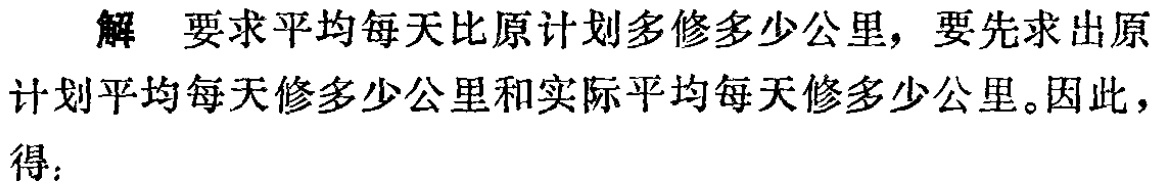
解 要求平均每天比原计划多修多少公里，要先求出原计划平均每天修多少公里和实际平均每天修多少公里。因此，得：